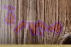
مبهرة